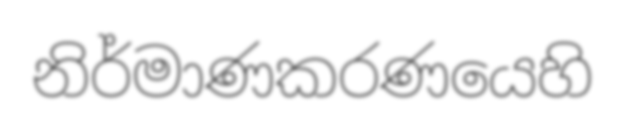
නිර්මාණකරණයෙහි